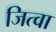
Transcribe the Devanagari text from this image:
जित्वा